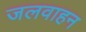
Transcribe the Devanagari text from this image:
जलवाहन